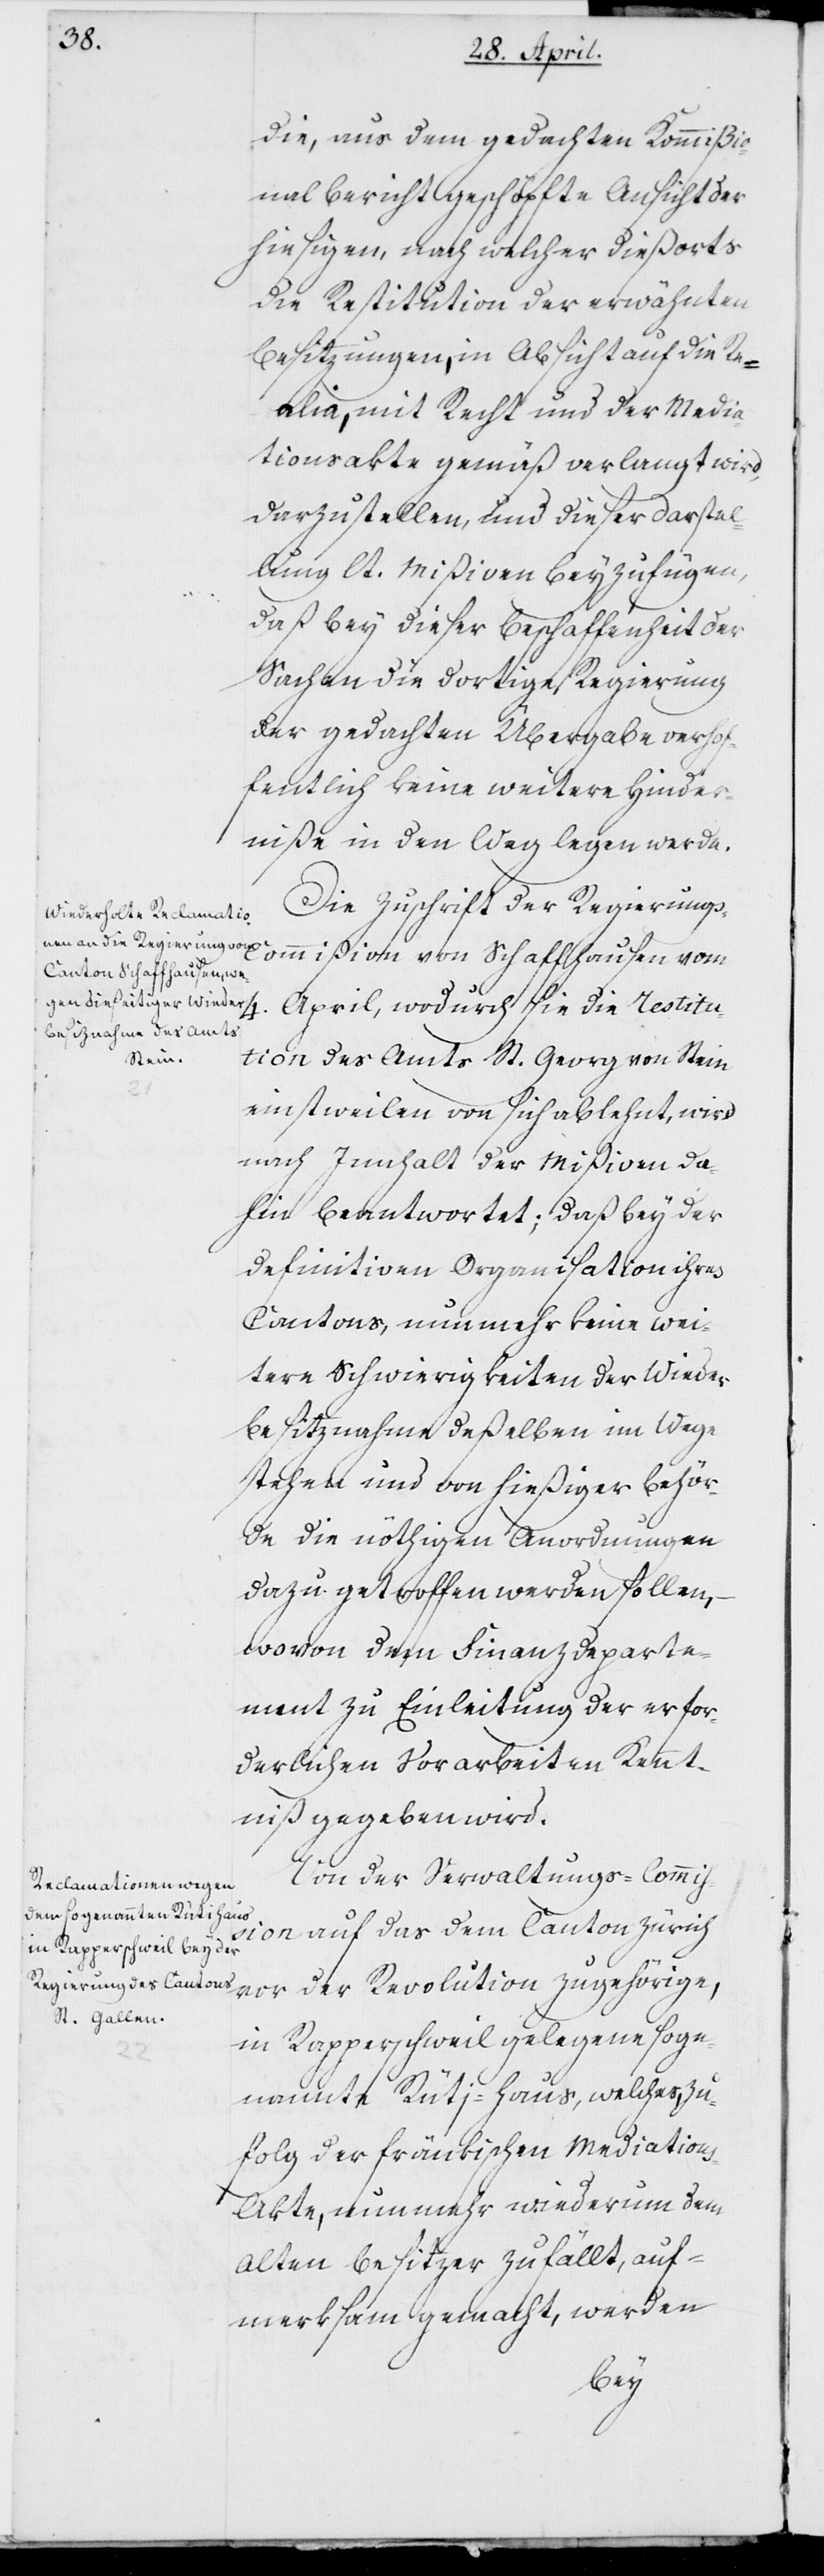
die, aus dem gedachten Kommißio¬
nalbericht geschöpfte Ansicht der
hiesigen, nach welcher dießorts
die Restitution der erwähnten
Besitzungen, in Absicht auf die Re¬
alia, mit Recht und der Media¬
tionsakte gemäß verlangt wird,
darzustellen, und dieser Darstel¬
lung lt. Mißiven beyzufügen,
daß bey dieser Beschaffenheit der
Sachen die dortige Regierung
der gedachten Übergabe verho¬
ffentlich keine weitere Hinder¬
niße in den Weg legen werde.
Die Zuschrift der Regierung¬
s-Commißion von Schaffhausen vom
Aprill, wodurch sie die Restitu¬
tion des Amts St. Georg von Stein
einstweilen von sich ablehnt, wird
nach Innhalt der Mißiven da¬
hin beantwortet, daß bey der
definitiven Organisation ihres
Cantons, nunmehr keine wei¬
tern Schwierigkeiten der Wieder¬
besitznahme deßelben im Wege
stehen und von hießiger Behör¬
de die nöthigen Anordnungen
dazu getroffen werden sollen,
wovon dem Finanzdeparte¬
ment zu Einleitung der erfor¬
derlichen Vorarbeiten Kennt¬
niß gegeben wird.
Von der Verwaltungs-Commi¬
ßion auf das dem Canton Zürich
vor der Revolution zugehörige,
in Rapperschweil gelegene soge¬
nannte Rüti-Haus, welches zu¬
folg der fränkischen Mediation¬
s-Akte nunmehr wiederum dem
alten Besitzer zufällt, auf¬
merksam gemacht, werden